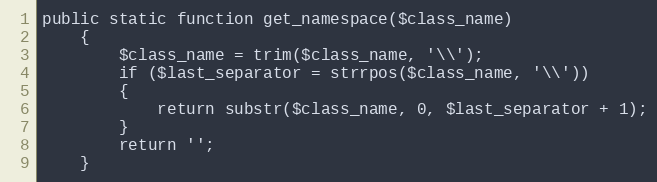
Language: PHP
public static function get_namespace($class_name)
	{
		$class_name = trim($class_name, '\\');
		if ($last_separator = strrpos($class_name, '\\'))
		{
			return substr($class_name, 0, $last_separator + 1);
		}
		return '';
	}